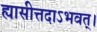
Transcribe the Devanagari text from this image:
ह्यासीत्तदाऽभवत्।